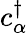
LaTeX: c_{\alpha}^{\dagger}